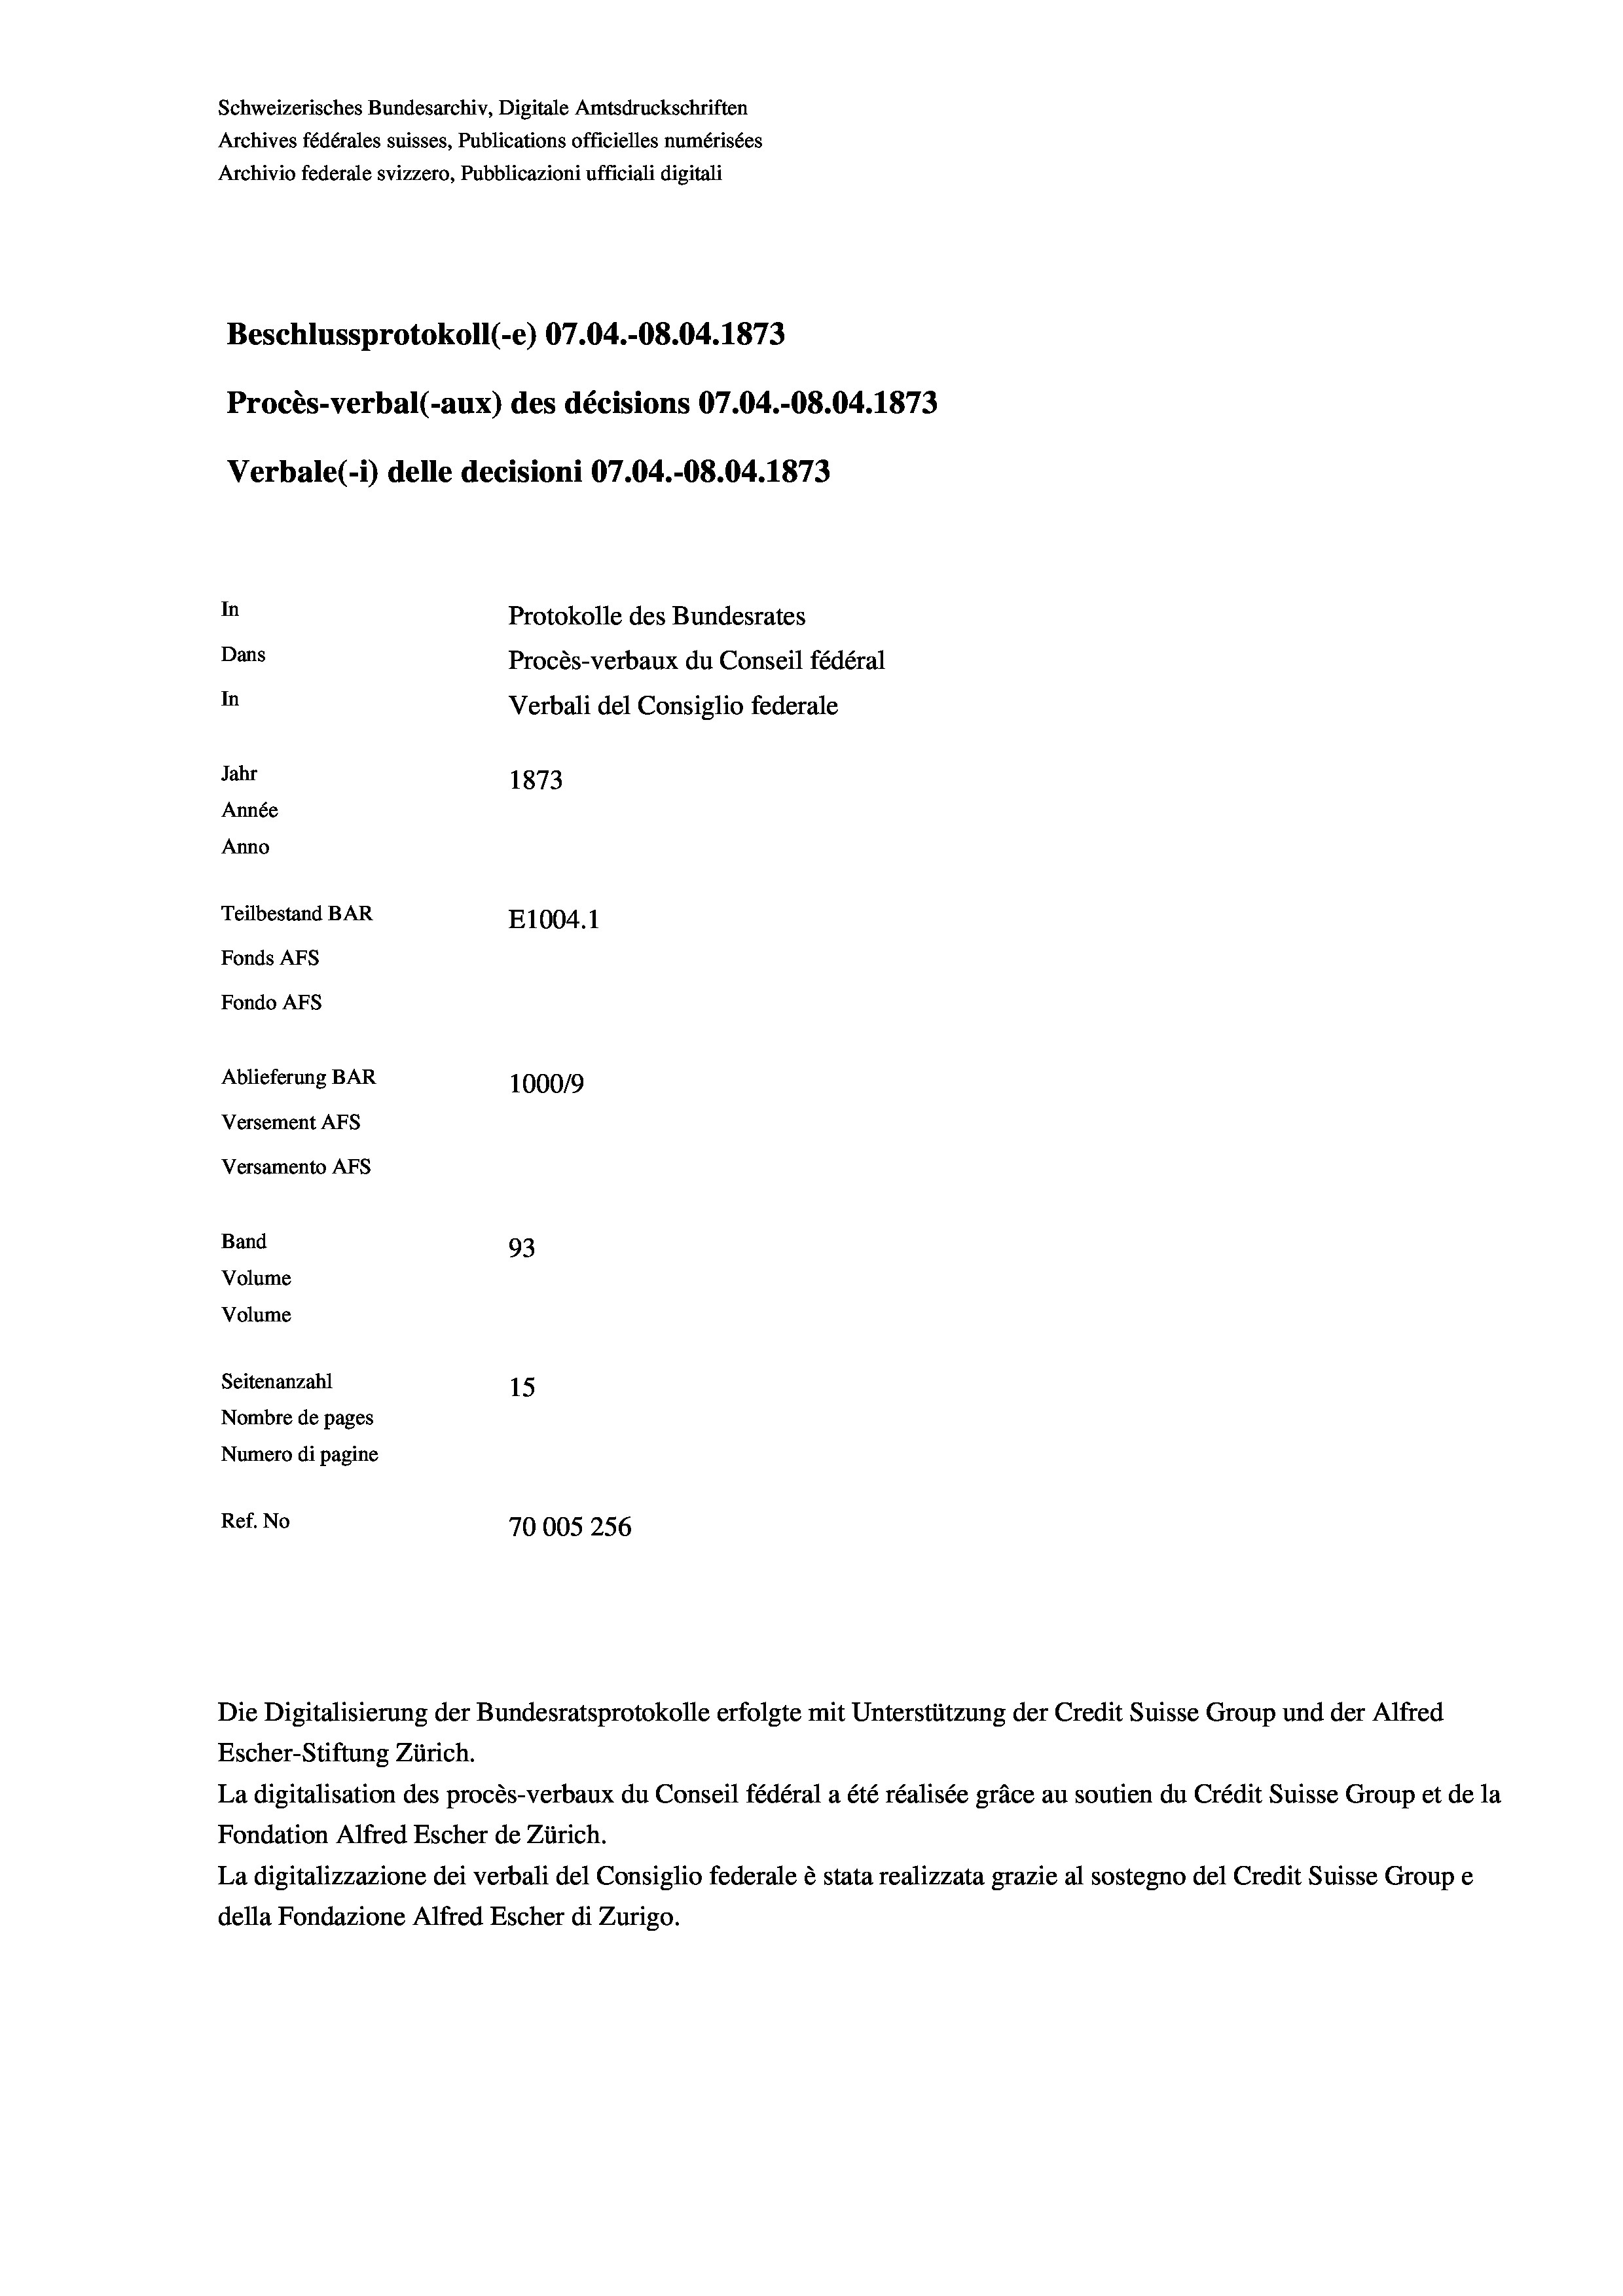
Schweizerisches Bundesarchiv, Digitale Amtsdruckschriften
Archives fédérales suisses, Publications officielles numérisées
Archivio federale svizzero, Pubblicazioni ufficiali digitali
Beschlussprotokoll (-e) 07.04.-08.04. 1873
Procès-verbal (-aux) des décisions 07.04.-O8.04. 1873
Verbale(-*) delle decisioni 07.04.-O8.04. 1873
In
Protokolle des Bundesrates
Dans
Procès-verbaux du Conseil fédéral
In
Verbali del Consiglio federale
Jahr
1873
Année
Anno
Teilbestand BAR
E1004. 1
Fonds AFs
Fondo AFs
Ablieferung BAR
1000/9
Versement AFs
Versamento Afs
Band
93
Volume
Volume
Seitenanzahl
15
Nombre de pages
Numero di pagine
Ref. No
70005256

Escher-Stiftung Zürich.
La digitalisation des procès-verbaux du Conseil fédéral a été réalisée gräce au soutien du Crédit Suisse Group et de la
Fondation Alfred Escher de Zürich.
La digitalizzazione dei verbali del Consiglio federale è stata realizzata grazie al sostegno del Credit Suisse Groupe
della Fondazione Alfred Escher di Zurigo.

Die Digitalisierung der Bundesratsprotokolle erfolgte mit Unterstützung der Credit Suisse Group und der Alfred